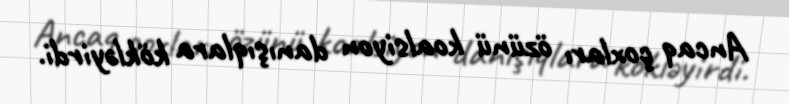
Ancaq çoxları özünü koalsiyon danışıqlara kökləyirdi.